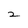
Character: 2